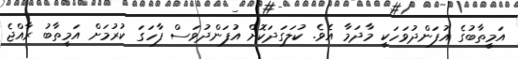
އަމީތާބުގެ އުފަންދުވަހަކީ މާދަމާ އެވެ. ކުލަގަދަކޮށް އުފަންދުވަސް ފާހަގަ ކުރުމަށް އަމީތާބު ރާއްޖެ